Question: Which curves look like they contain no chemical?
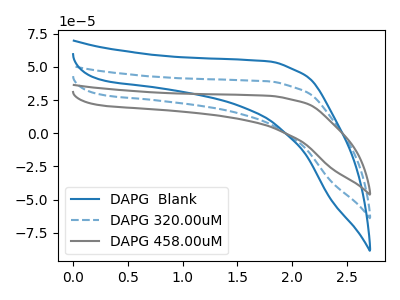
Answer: <think>The blue curve "DAPG  Blank" has no peaks. The blue dashed curve "DAPG 320.00uM" has no peaks. The gray curve "DAPG 458.00uM" has no peaks.</think>
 <answer>"DAPG  Blank", "DAPG 320.00uM" and "DAPG 458.00uM" are likely to be blanks.</answer>
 <eval>"DAPG  Blank", "DAPG 320.00uM", "DAPG 458.00uM"</eval>